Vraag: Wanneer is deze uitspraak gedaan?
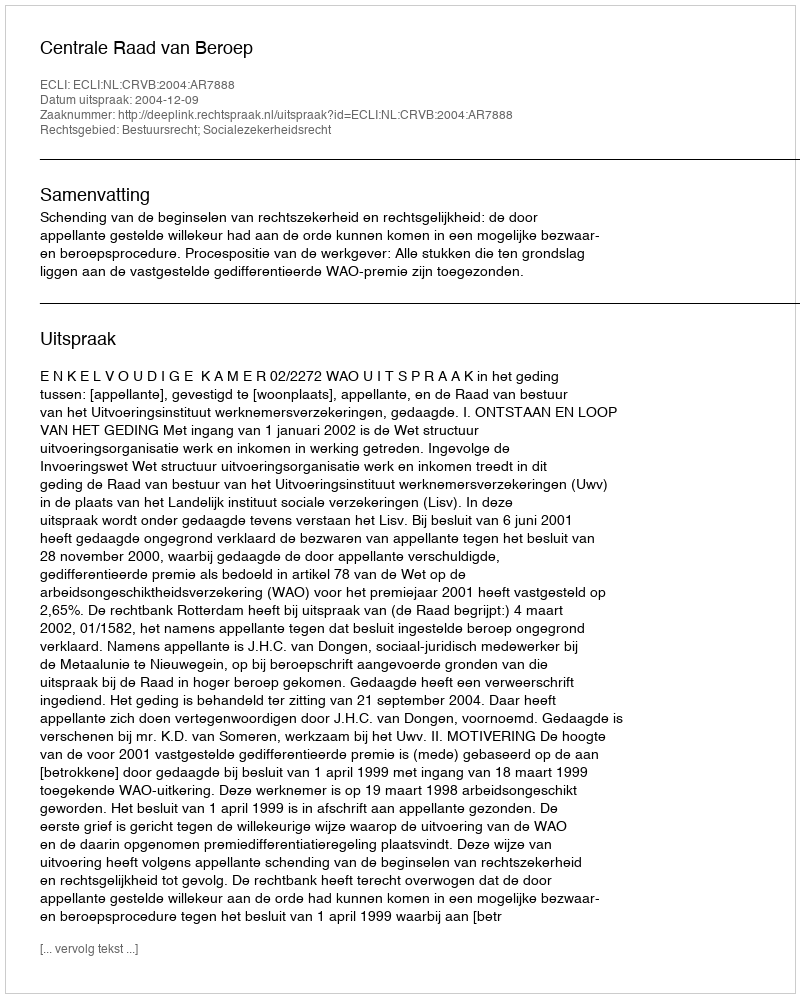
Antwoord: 2004-12-09